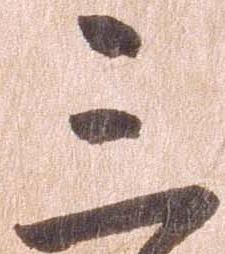
三